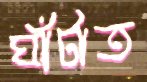
ঘাঁটাত